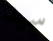
سيد